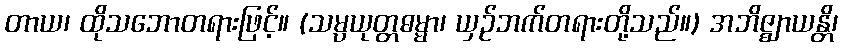
တာယ၊ ထိုသဘောတရားဖြင့်။ (သမ္ပယုတ္တဓမ္မာ၊ ယှဉ်ဘက်တရားတို့သည်။) အဘိဇ္ဈာယန္တိ၊